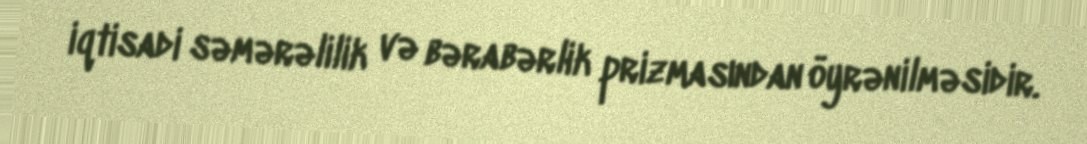
iqtisadi səmərəlilik və bərabərlik prizmasından öyrənilməsidir.